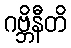
ဂဗ္ဘိနီတိ